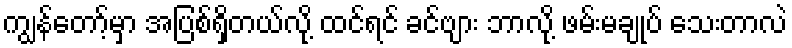
ကျွန်တော့်မှာ အပြစ်ရှိတယ်လို့ ထင်ရင် ခင်ဗျား ဘာလို့ ဖမ်းမချုပ် သေးတာလဲ